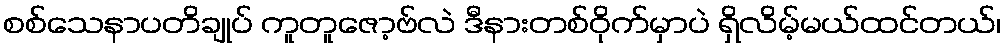
စစ်သေနာပတိချုပ် ကူတူဇော့ဗ်လဲ ဒီနားတစ်ဝိုက်မှာပဲ ရှိလိမ့်မယ်ထင်တယ်၊